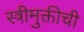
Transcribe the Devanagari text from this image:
स्त्रीमुक्तीची